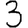
Digit: 3